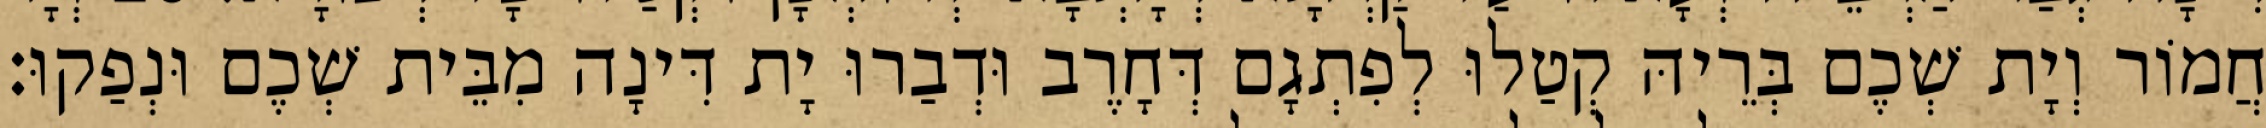
חֲמוֹר וְיָת שְׁכֶם בְּרֵיהּ קְטַלוּ לְפִתְגָם דְּחָרֶב וּדְבַרוּ יָת דִּינָה מִבֵּית שְׁכֶם וּנְפַקוּ׃